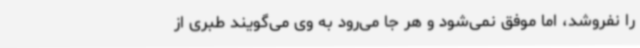
را نفروشد، اما موفق نمی‌شود و هر جا می‌رود به وی می‌گویند طبری از